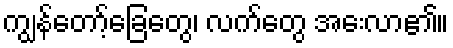
ကျွန်တော့်ခြေတွေ၊ လက်တွေ အေးလာ၏။